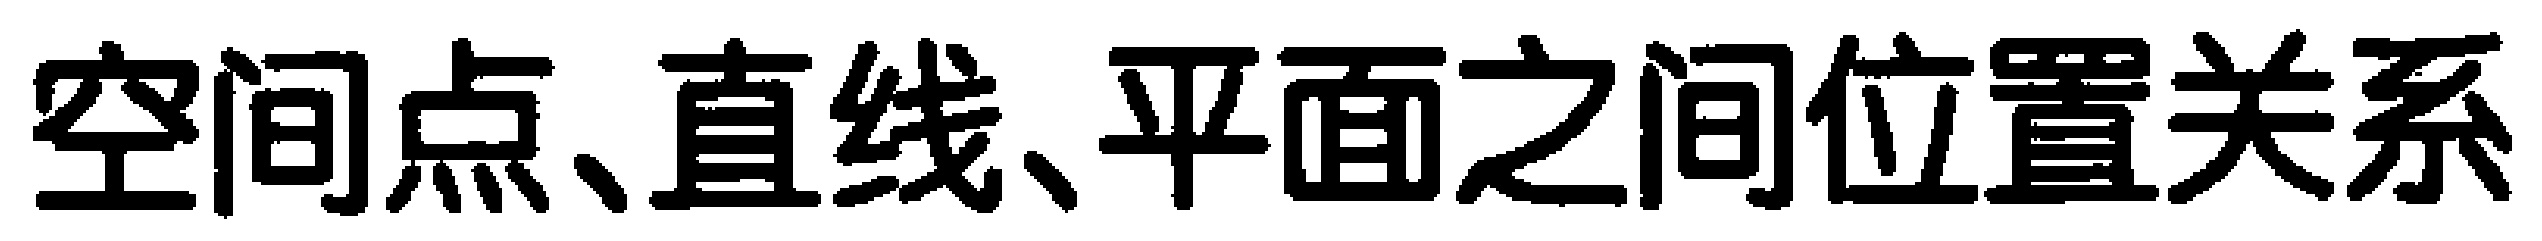
空间点、直线、平面之间位置关系